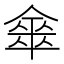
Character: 𠎃